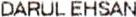
DARUL EHSAN